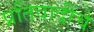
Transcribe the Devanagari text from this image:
प्रतिवादींचे